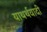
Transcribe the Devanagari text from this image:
याथर्थवादी